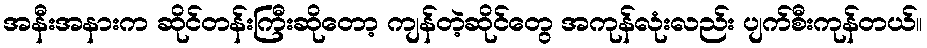
အနီးအနားက ဆိုင်တန်းကြီးဆိုတော့ ကျန်တဲ့ဆိုင်တွေ အကုန်လုံးလည်း ပျက်စီးကုန်တယ်။